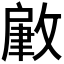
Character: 𢾹